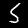
Label: 5